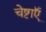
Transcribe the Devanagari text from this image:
चेष्टाएॅं